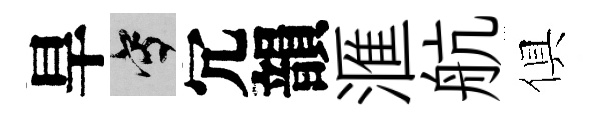
旱寫冗韻滙航俱